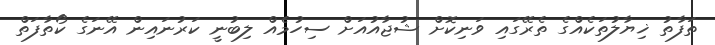
ތަފާތު ޚިޔާލުތަކެއްގެ ތެރޭގައި ވަނިކޮށް ޝުޖާއުއަށް ސިހުމެއް ލިބުނީ ކަރުނައިން އޭނަގެ ކޯތާފަތް